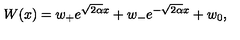
W ( x ) = w _ { + } e ^ { \sqrt { 2 \alpha } x } + w _ { - } e ^ { - \sqrt { 2 \alpha } x } + w _ { 0 } ,